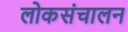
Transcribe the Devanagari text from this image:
लोकसंचालन